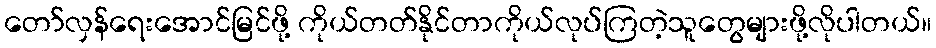
တော်လှန်ရေးအောင်မြင်ဖို့ ကိုယ်တတ်နိုင်တာကိုယ်လုပ်ကြတဲ့သူတွေများဖို့လိုပါတယ်။